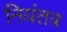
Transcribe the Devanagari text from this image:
नियंतत्र